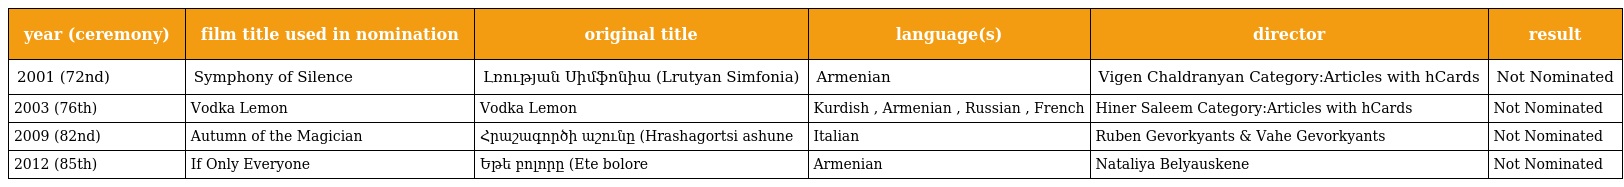
| year (ceremony) | film title used in nomination | original title | language(s) | director | result |
 | --- | --- | --- | --- | --- | --- |
 | 2001 (72nd) | Symphony of Silence | Լռության Սիմֆոնիա (Lrutyan Simfonia) | Armenian | Vigen Chaldranyan Category:Articles with hCards | Not Nominated |
 | 2003 (76th) | Vodka Lemon | Vodka Lemon | Kurdish , Armenian , Russian , French | Hiner Saleem Category:Articles with hCards | Not Nominated |
 | 2009 (82nd) | Autumn of the Magician | Հրաշագործի աշունը (Hrashagortsi ashune | Italian | Ruben Gevorkyants & Vahe Gevorkyants | Not Nominated |
 | 2012 (85th) | If Only Everyone | Եթե բոլորը (Ete bolore | Armenian | Nataliya Belyauskene | Not Nominated |